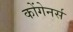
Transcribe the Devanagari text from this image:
कोंगेनर्स